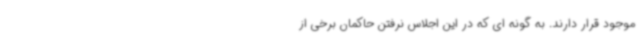
موجود قرار دارند. به گونه ای که در این اجلاس نرفتن حاکمان برخی از